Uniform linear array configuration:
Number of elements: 4
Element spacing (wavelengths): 0.25
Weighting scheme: binomial
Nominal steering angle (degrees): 0
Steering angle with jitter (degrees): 0.55
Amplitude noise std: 0.05
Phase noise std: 0.05

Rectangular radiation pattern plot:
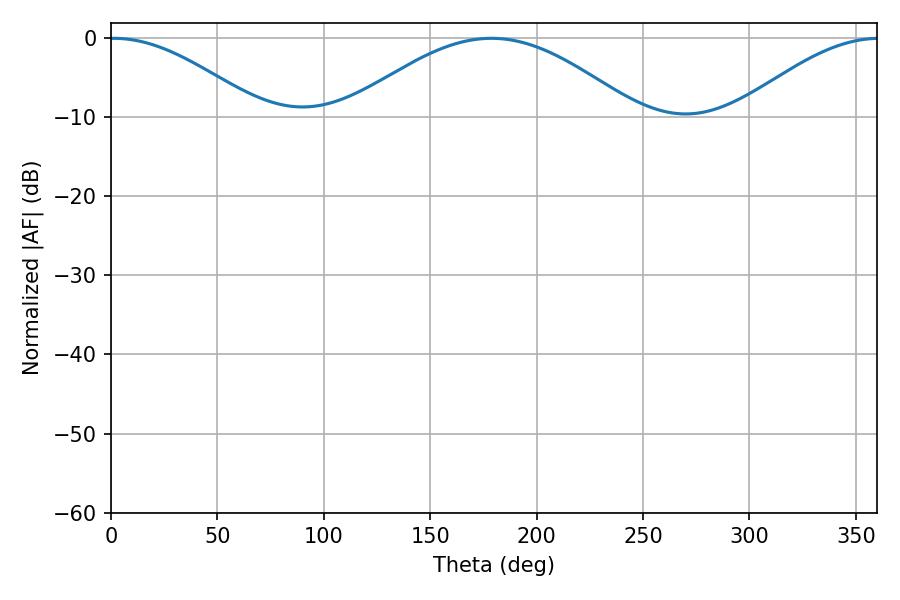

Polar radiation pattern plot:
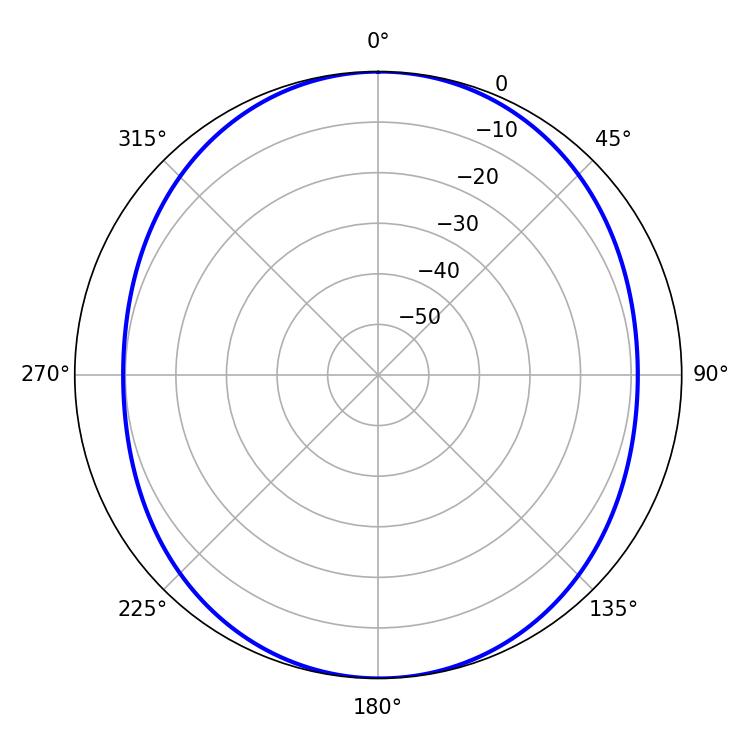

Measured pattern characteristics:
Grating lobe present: FALSE
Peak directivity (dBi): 14.397
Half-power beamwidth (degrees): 38.16
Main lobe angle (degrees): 1.26